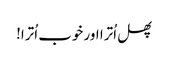
پھل اُترا اور خوب اُترا!